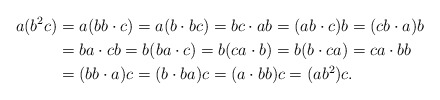
\begin{align*}a(b^{2}c) & =a(bb\cdot c)=a(b\cdot bc)=bc\cdot ab=(ab\cdot c)b=(cb\cdot a)b\\ & =ba\cdot cb=b(ba\cdot c)=b(ca\cdot b)=b(b\cdot ca)=ca\cdot bb\\ & =(bb\cdot a)c=(b\cdot ba)c=(a\cdot bb)c=(ab^{2})c.\end{align*}